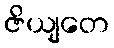
ဇိယျတေ